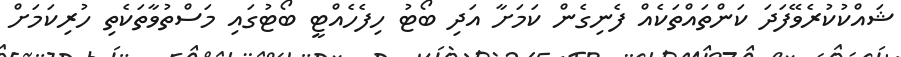
ޝައްކުކުރެވޭފަދަ ކަންތައްތަކެއް ފެނިގެން ކަމަށާ އަދި ބޯޓު ހިފެހެއްޓީ ބޯޓުގައި މަސްތުވާތަކެތި ހުރިކަމަށް